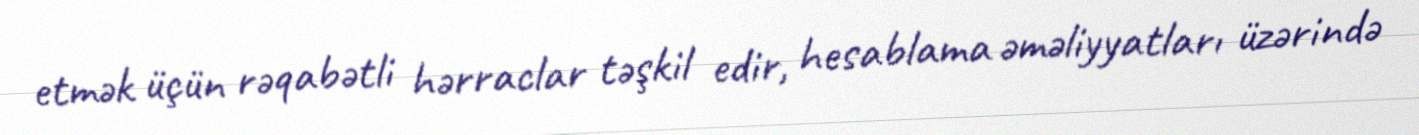
etmək üçün rəqabətli hərraclar təşkil edir, hesablama əməliyyatları üzərində